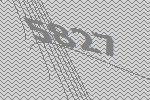
5827